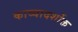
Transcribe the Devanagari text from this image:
काव्यादर्शोक्त